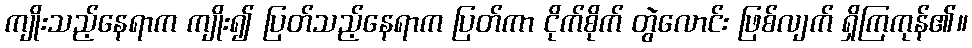
ကျိုးသည့်နေရာက ကျိုး၍ ပြတ်သည့်နေရာက ပြတ်ကာ ငိုက်စိုက် တွဲလောင်း ဖြစ်လျက် ရှိကြကုန်၏။